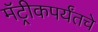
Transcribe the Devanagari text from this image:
मॅट्रीकपर्यंतचे